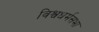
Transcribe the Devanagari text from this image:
विश्वधर्मसभा